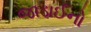
જાડાઈનો